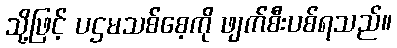
သို့ဖြင့် ပဌမသစ်စေ့ကို ဖျက်စီးပစ်ရသည်။